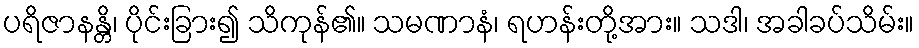
ပရိဇာနန္တိ၊ ပိုင်းခြား၍ သိကုန်၏။ သမဏာနံ၊ ရဟန်းတို့အား။ သဒါ၊ အခါခပ်သိမ်း။